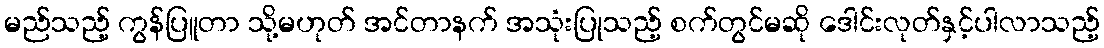
မည်သည့် ကွန်ပြူတာ သို့မဟုတ် အင်တာနက် အသုံးပြုသည့် စက်တွင်မဆို ဒေါင်းလုတ်နှင့်ပါလာသည့်